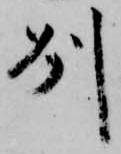
州